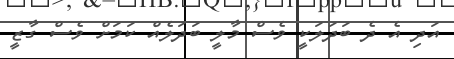
އަދި އެ ދެ ބަދަލަކީ ވެސް މާލީ ބަދަލެއް ކަމަށް ވެސް ގާޒީ